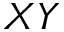
X Y